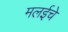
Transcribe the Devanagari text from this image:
मलईचे